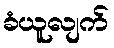
ခံယူလျက်